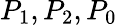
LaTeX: P_{1},P_{2},P_{0}